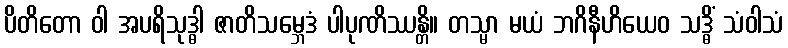
ပိတိတော ဝါ အပရိသုဒ္ဓါ ဇာတိသမ္ဘေဒံ ပါပုဏိဿန္တိ။ တသ္မာ မယံ ဘဂိနီဟိယေဝ သဒ္ဓိံ သံဝါသံ